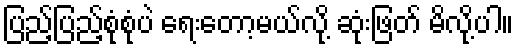
ပြည့်ပြည့်စုံစုံပဲ ရေးတော့မယ်လို့ ဆုံးဖြတ် မိလို့ပါ။